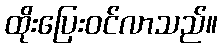
ထိုးပြေးဝင်လာသည်။